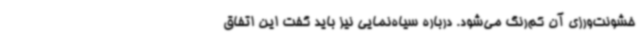
خشونت‌ورزی آن کم‌رنگ می‌شود. درباره سیاه‌نمایی نیز باید گفت این اتفاق